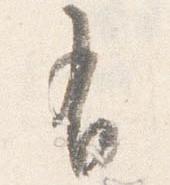
有